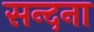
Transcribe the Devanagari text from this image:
सन्दना